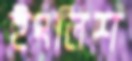
ইংলিশ